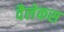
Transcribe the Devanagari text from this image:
वैलेकस